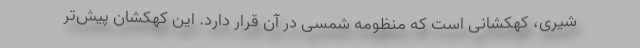
شیری، کهکشانی است که منظومه شمسی در آن قرار دارد. این کهکشان پیش‌تر